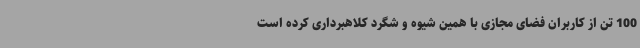
100 تن از کاربران فضای مجازی با همین شیوه و شگرد کلاهبرداری کرده است